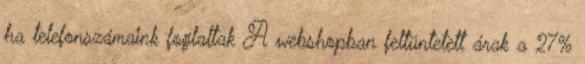
ha telefonszámaink foglaltak A webshopban feltüntetett árak a 27%